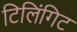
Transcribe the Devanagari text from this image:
टिलिंगिट